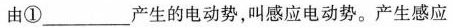
由①___产生的电动势，叫感应电动势。产生感应